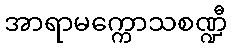
အာရာမက္ကောသစဏ္ဍီ